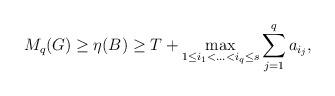
LaTeX: \begin{align*}M_q(G) \geq \eta(B) \geq T+\max_{1 \le i_1<\ldots<i_q \le s} \sum_{j=1}^q a_{i_j}, \end{align*}